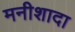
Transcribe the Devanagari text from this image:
मनीशादा